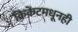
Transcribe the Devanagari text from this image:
क्रिकेटमधूनही